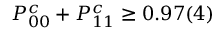
P _ { 0 0 } ^ { c } + P _ { 1 1 } ^ { c } \ge 0 . 9 7 ( 4 )